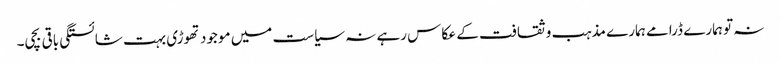
نہ تو ہمارے ڈرامے ہمارے مذہب و ثقافت کے عکاس رہے نہ سیاست میں موجود تھوڑی بہت شائستگی باقی بچی۔